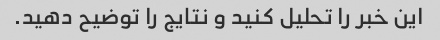
این خبر را تحلیل کنید و نتایج را توضیح دهید.